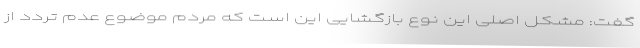
گفت: مشکل اصلی این نوع بازگشایی این است که مردم موضوع عدم تردد از